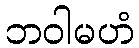
ဘဝါမဟံ